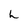
Character: h